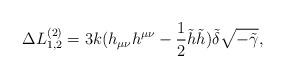
LaTeX: \begin{align*} \Delta L^{(2)}_{1,2} = 3k (h_{\mu\nu} h^{\mu\nu} -\frac{1}{2} \tilde h \tilde h) \tilde \delta \sqrt{-\tilde \gamma},\end{align*}